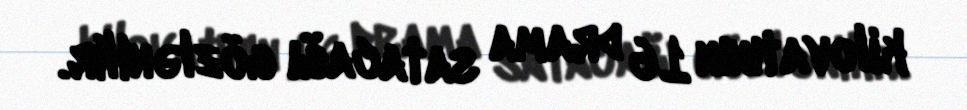
kilovatının 16 drama satacağı gözlənilir.